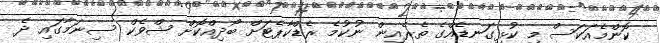
ކޮންމެއަކަސް މި ކުޅިގަނޑެއްގެ ތެރެއިން ނުކުމެ ރެޑްކާޕެޓަށް ބޯދިއްކޮށް ޝްވެކް ސިނަމާގައި ދެ